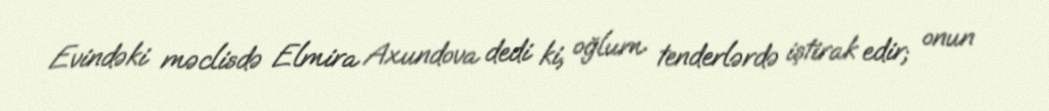
Evindəki məclisdə Elmira Axundova dedi ki, oğlum tenderlərdə iştirak edir; onun